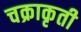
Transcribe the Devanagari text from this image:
चक्राकृती